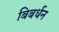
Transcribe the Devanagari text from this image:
बिबर्धन